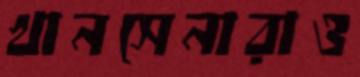
খানসেনারাও